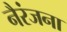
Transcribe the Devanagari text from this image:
नैरंजना